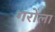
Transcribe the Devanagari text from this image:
गरोला